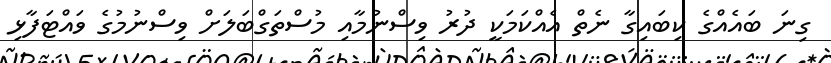
ގިނަ ބައެއްގެ ކިބައިގާ ނެތް އެއްކަމަކީ ދުރު ވިސްނުމާއި މުސްތަގްބަލަށް ވިސްނުމުގެ ވައްޓަފާޅި